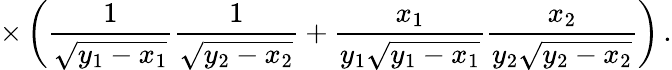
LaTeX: \times\left(\frac{1}{\sqrt{y_{1}-x_{1}}}\frac{1}{\sqrt{y_{2}-x_{2}}}+\frac{x_{1}}{y_{1}\sqrt{y_{1}-x_{1}}}\frac{x_{2}}{y_{2}\sqrt{y_{2}-x_{2}}}\right)\, .